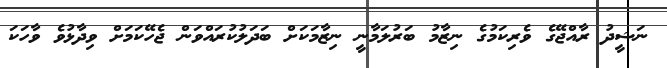
ނަޝީދު ރާއްޖޭގެ ވެރިކަމުގެ ނިޒާމު ބަރުލަމާނީ ނިޒާމަކަށް ބަދަލުކުރައްވަން ޖެހޭކަމަށް ވިދާޅުވެ ވާހަކަ